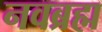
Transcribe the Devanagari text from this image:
नवब्रह्म